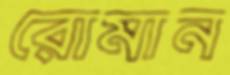
রোমান